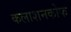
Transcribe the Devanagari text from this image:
कलाशनकोफ